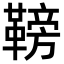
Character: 䩷